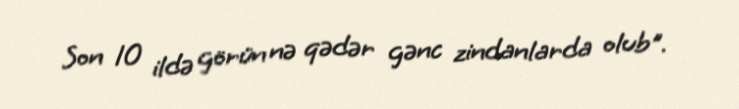
Son 10 ildə görün nə qədər gənc zindanlarda olub".